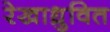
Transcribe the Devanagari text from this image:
रेखाध्रुवित